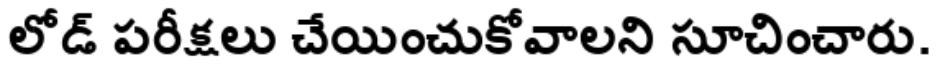
లోడ్ పరీక్షలు చేయించుకోవాలని సూచించారు.